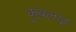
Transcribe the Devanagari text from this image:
कुबलाइ